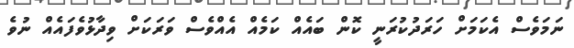
ނަމަވެސް އެކަމަށް ހަރަދުކުރަނީ ކޮން ބައެއް ކަމެއް އެއްވެސް ވަރަކަށް ވިދާޅުވެފައެއް ނުވެ